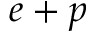
e + p